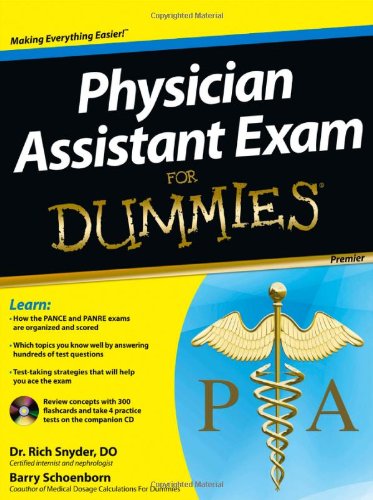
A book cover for Physician Assistant Exam For Dummies, with CD; Barry Schoenborn; Medical Books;